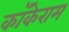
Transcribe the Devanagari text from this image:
कॉकेराम